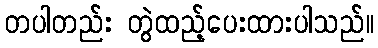
တပါတည်း တွဲထည့်ပေးထားပါသည်။